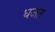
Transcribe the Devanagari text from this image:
धजत